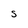
Character: S